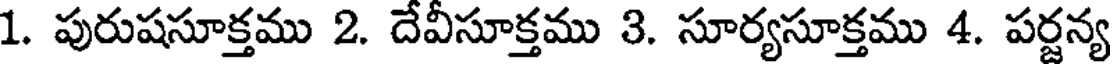
1. పురుషసూక్తము 2. దేవీసూక్తము 3. సూర్యసూక్తము 4. పర్జన్య